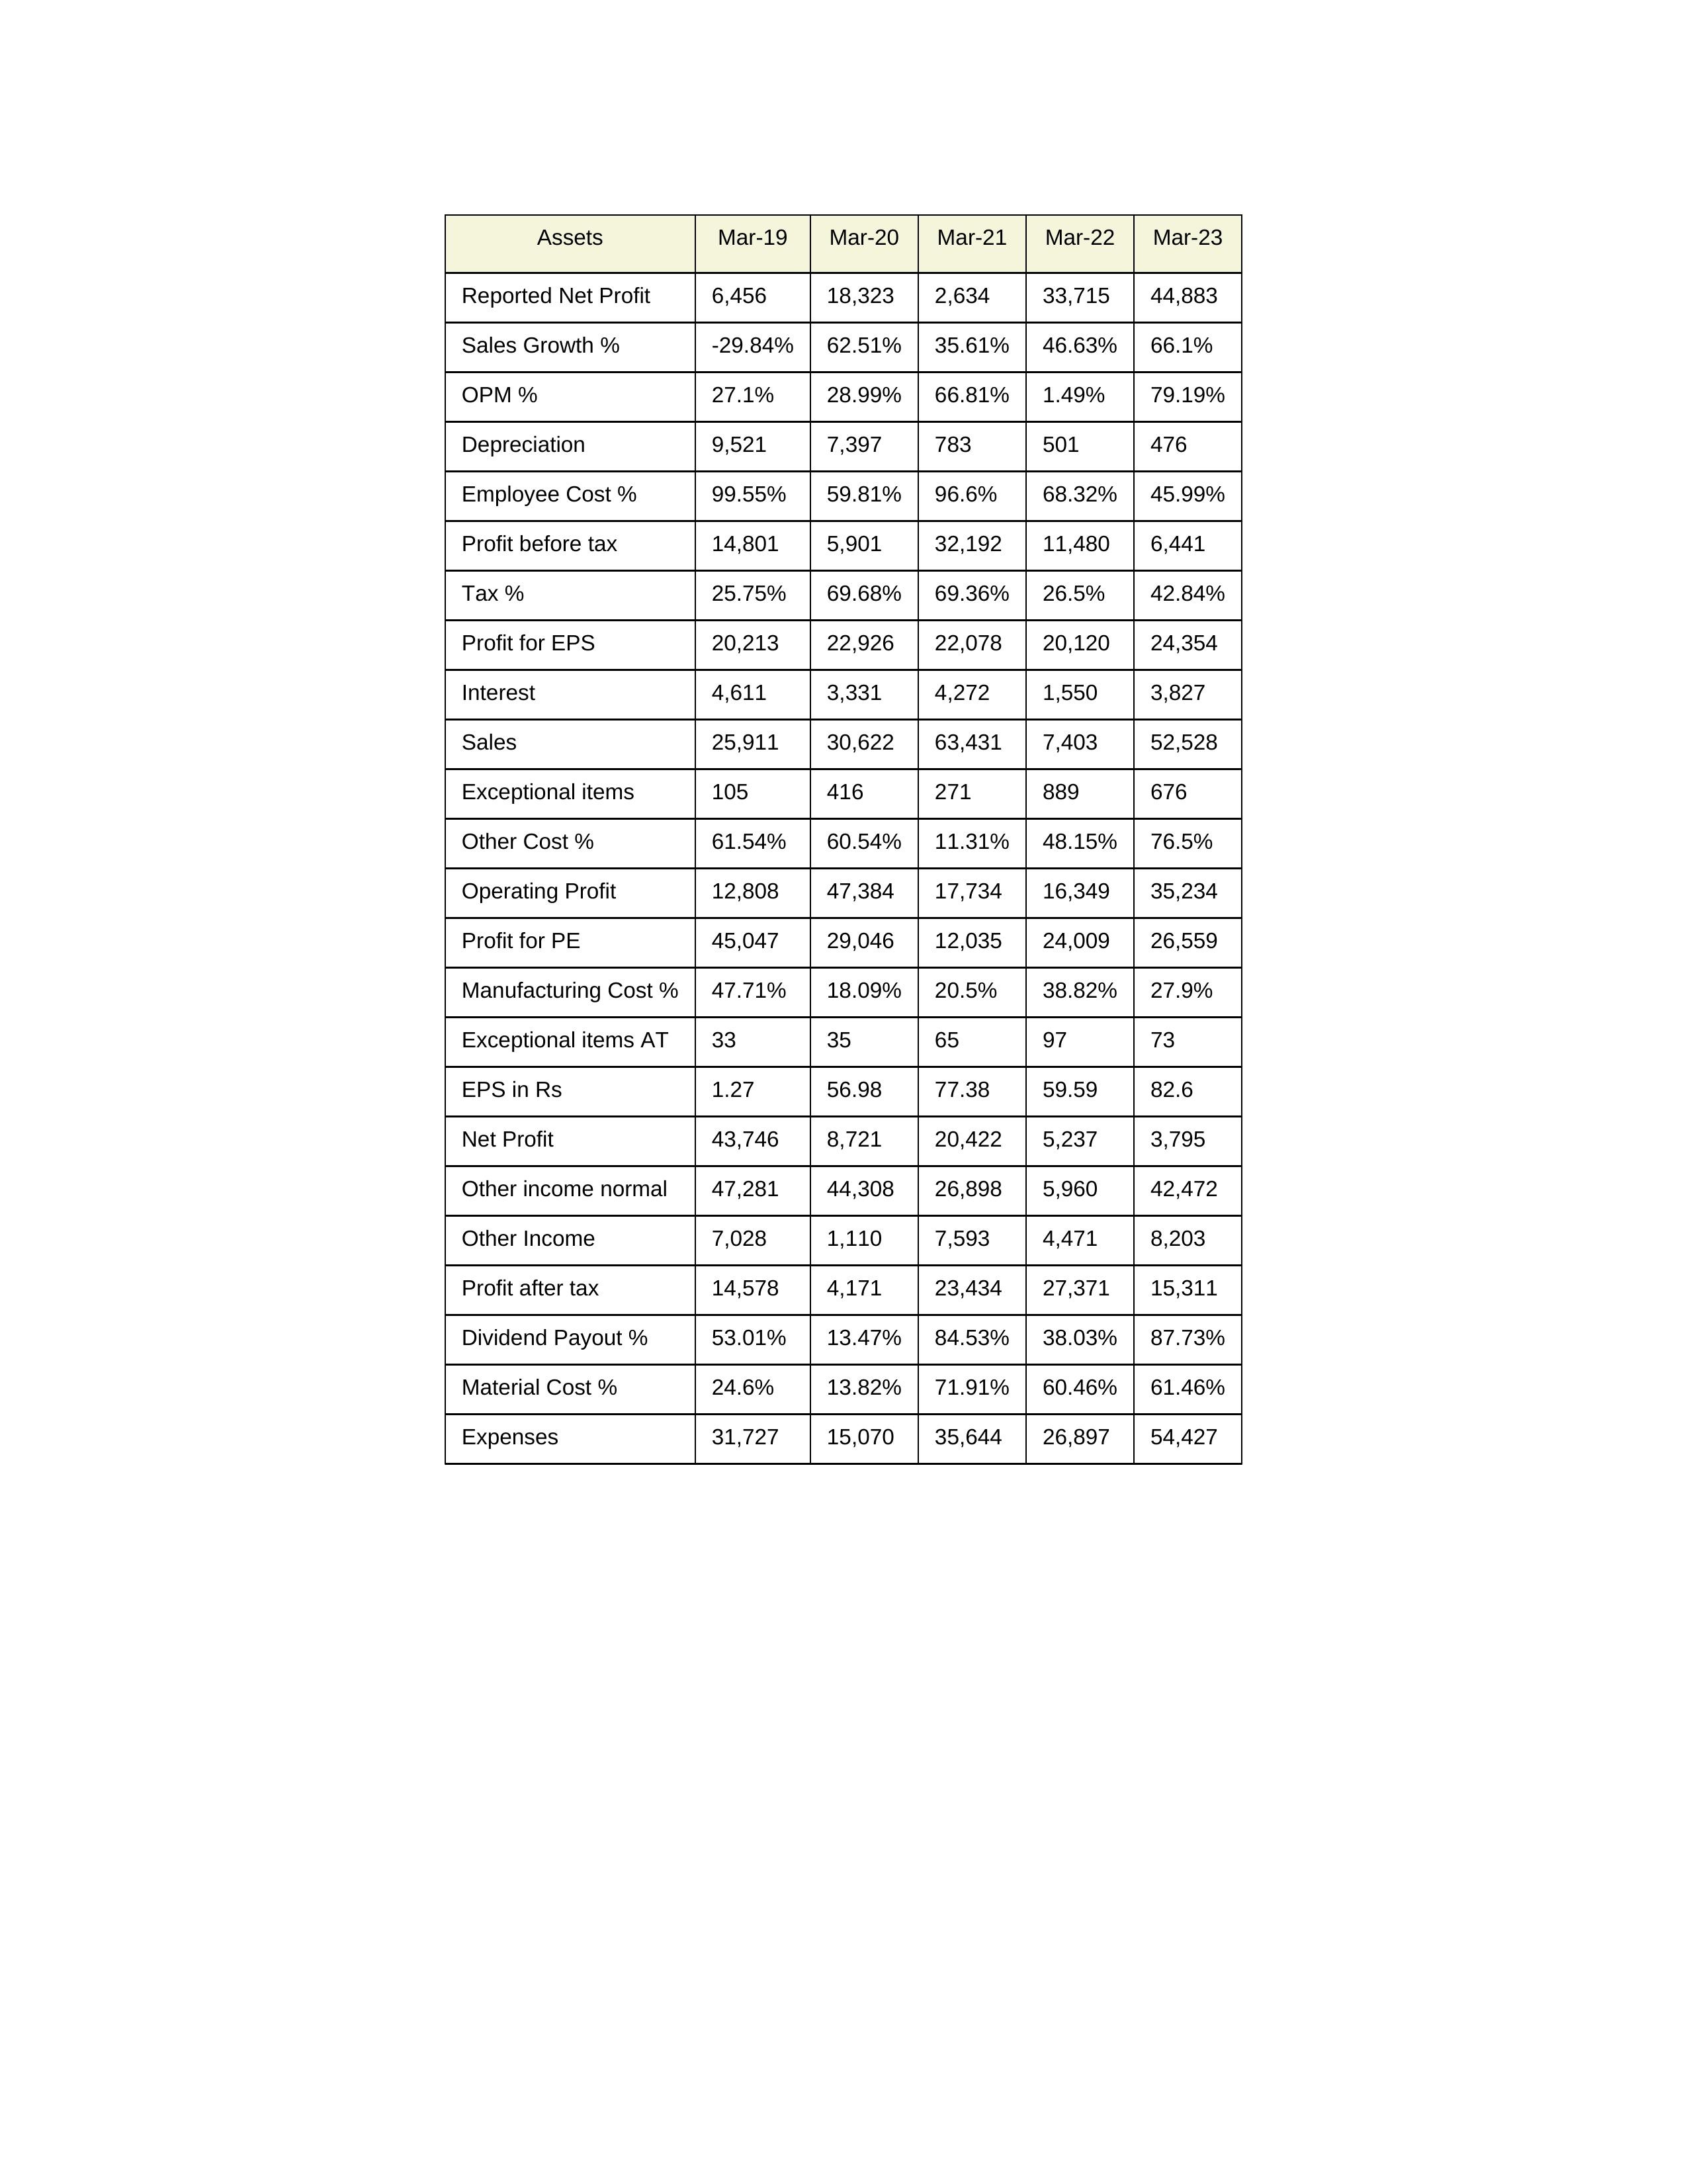
gt_parse: Mar-19: Sales: 25,911
Sales Growth %: -29.84%
Expenses: 31,727
Material Cost %: 24.6%
Manufacturing Cost %: 47.71%
Employee Cost %: 99.55%
Other Cost %: 61.54%
Operating Profit: 12,808
OPM %: 27.1%
Other Income: 7,028
Exceptional items: 105
Other income normal: 47,281
Interest: 4,611
Depreciation: 9,521
Profit before tax: 14,801
Tax %: 25.75%
Net Profit: 43,746
Profit after tax: 14,578
Reported Net Profit: 6,456
Profit for EPS: 20,213
Exceptional items AT: 33
Profit for PE: 45,047
EPS in Rs: 1.27
Dividend Payout %: 53.01%
Mar-20: Sales: 30,622
Sales Growth %: 62.51%
Expenses: 15,070
Material Cost %: 13.82%
Manufacturing Cost %: 18.09%
Employee Cost %: 59.81%
Other Cost %: 60.54%
Operating Profit: 47,384
OPM %: 28.99%
Other Income: 1,110
Exceptional items: 416
Other income normal: 44,308
Interest: 3,331
Depreciation: 7,397
Profit before tax: 5,901
Tax %: 69.68%
Net Profit: 8,721
Profit after tax: 4,171
Reported Net Profit: 18,323
Profit for EPS: 22,926
Exceptional items AT: 35
Profit for PE: 29,046
EPS in Rs: 56.98
Dividend Payout %: 13.47%
Mar-21: Sales: 63,431
Sales Growth %: 35.61%
Expenses: 35,644
Material Cost %: 71.91%
Manufacturing Cost %: 20.5%
Employee Cost %: 96.6%
Other Cost %: 11.31%
Operating Profit: 17,734
OPM %: 66.81%
Other Income: 7,593
Exceptional items: 271
Other income normal: 26,898
Interest: 4,272
Depreciation: 783
Profit before tax: 32,192
Tax %: 69.36%
Net Profit: 20,422
Profit after tax: 23,434
Reported Net Profit: 2,634
Profit for EPS: 22,078
Exceptional items AT: 65
Profit for PE: 12,035
EPS in Rs: 77.38
Dividend Payout %: 84.53%
Mar-22: Sales: 7,403
Sales Growth %: 46.63%
Expenses: 26,897
Material Cost %: 60.46%
Manufacturing Cost %: 38.82%
Employee Cost %: 68.32%
Other Cost %: 48.15%
Operating Profit: 16,349
OPM %: 1.49%
Other Income: 4,471
Exceptional items: 889
Other income normal: 5,960
Interest: 1,550
Depreciation: 501
Profit before tax: 11,480
Tax %: 26.5%
Net Profit: 5,237
Profit after tax: 27,371
Reported Net Profit: 33,715
Profit for EPS: 20,120
Exceptional items AT: 97
Profit for PE: 24,009
EPS in Rs: 59.59
Dividend Payout %: 38.03%
Mar-23: Sales: 52,528
Sales Growth %: 66.1%
Expenses: 54,427
Material Cost %: 61.46%
Manufacturing Cost %: 27.9%
Employee Cost %: 45.99%
Other Cost %: 76.5%
Operating Profit: 35,234
OPM %: 79.19%
Other Income: 8,203
Exceptional items: 676
Other income normal: 42,472
Interest: 3,827
Depreciation: 476
Profit before tax: 6,441
Tax %: 42.84%
Net Profit: 3,795
Profit after tax: 15,311
Reported Net Profit: 44,883
Profit for EPS: 24,354
Exceptional items AT: 73
Profit for PE: 26,559
EPS in Rs: 82.6
Dividend Payout %: 87.73%